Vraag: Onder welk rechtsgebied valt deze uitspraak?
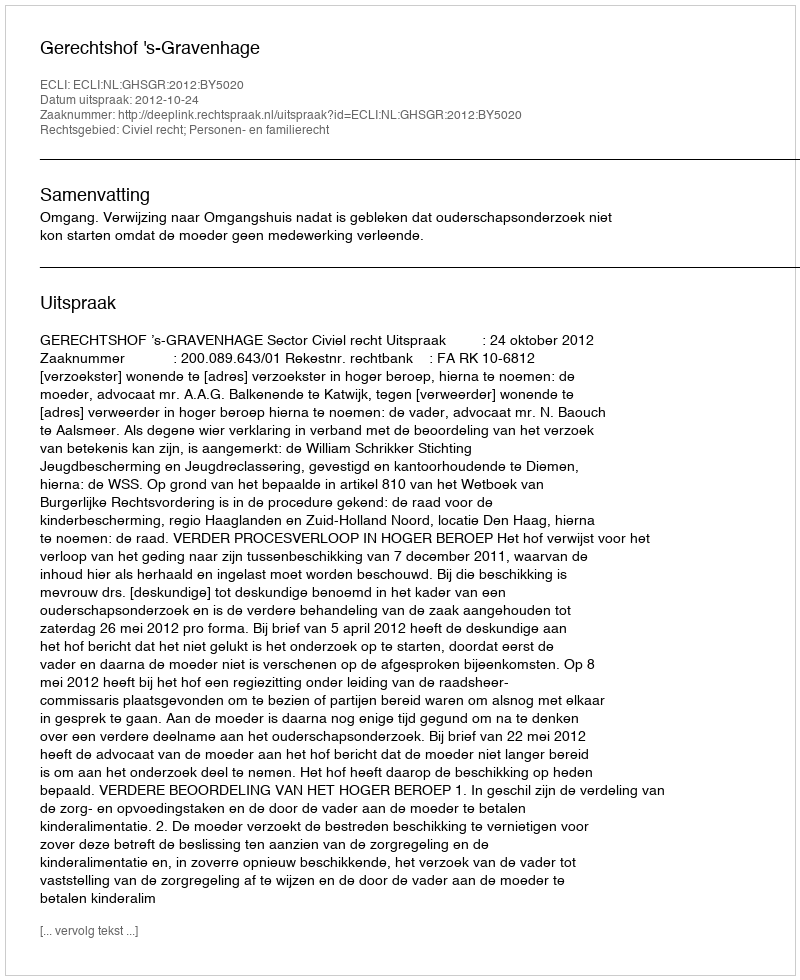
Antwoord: Civiel recht; Personen- en familierecht